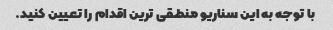
با توجه به این سناریو منطقی ترین اقدام را تعیین کنید.